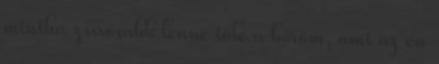
mintha zsírosabb lenne tőle a bőröm, ami az én